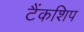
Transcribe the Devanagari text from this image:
टैंकशिप